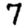
Digit: 7